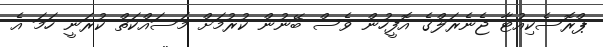
ޕްރޮސެކިއުޓާ ޖެނެރަލްގެ އޮފީހުން ވެސް ބޭނުން ކުރުމަށް މަސައްކަތް ކުރަނީ ހަމަ އެ